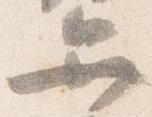
弁